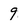
Character: 9